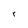
Character: r